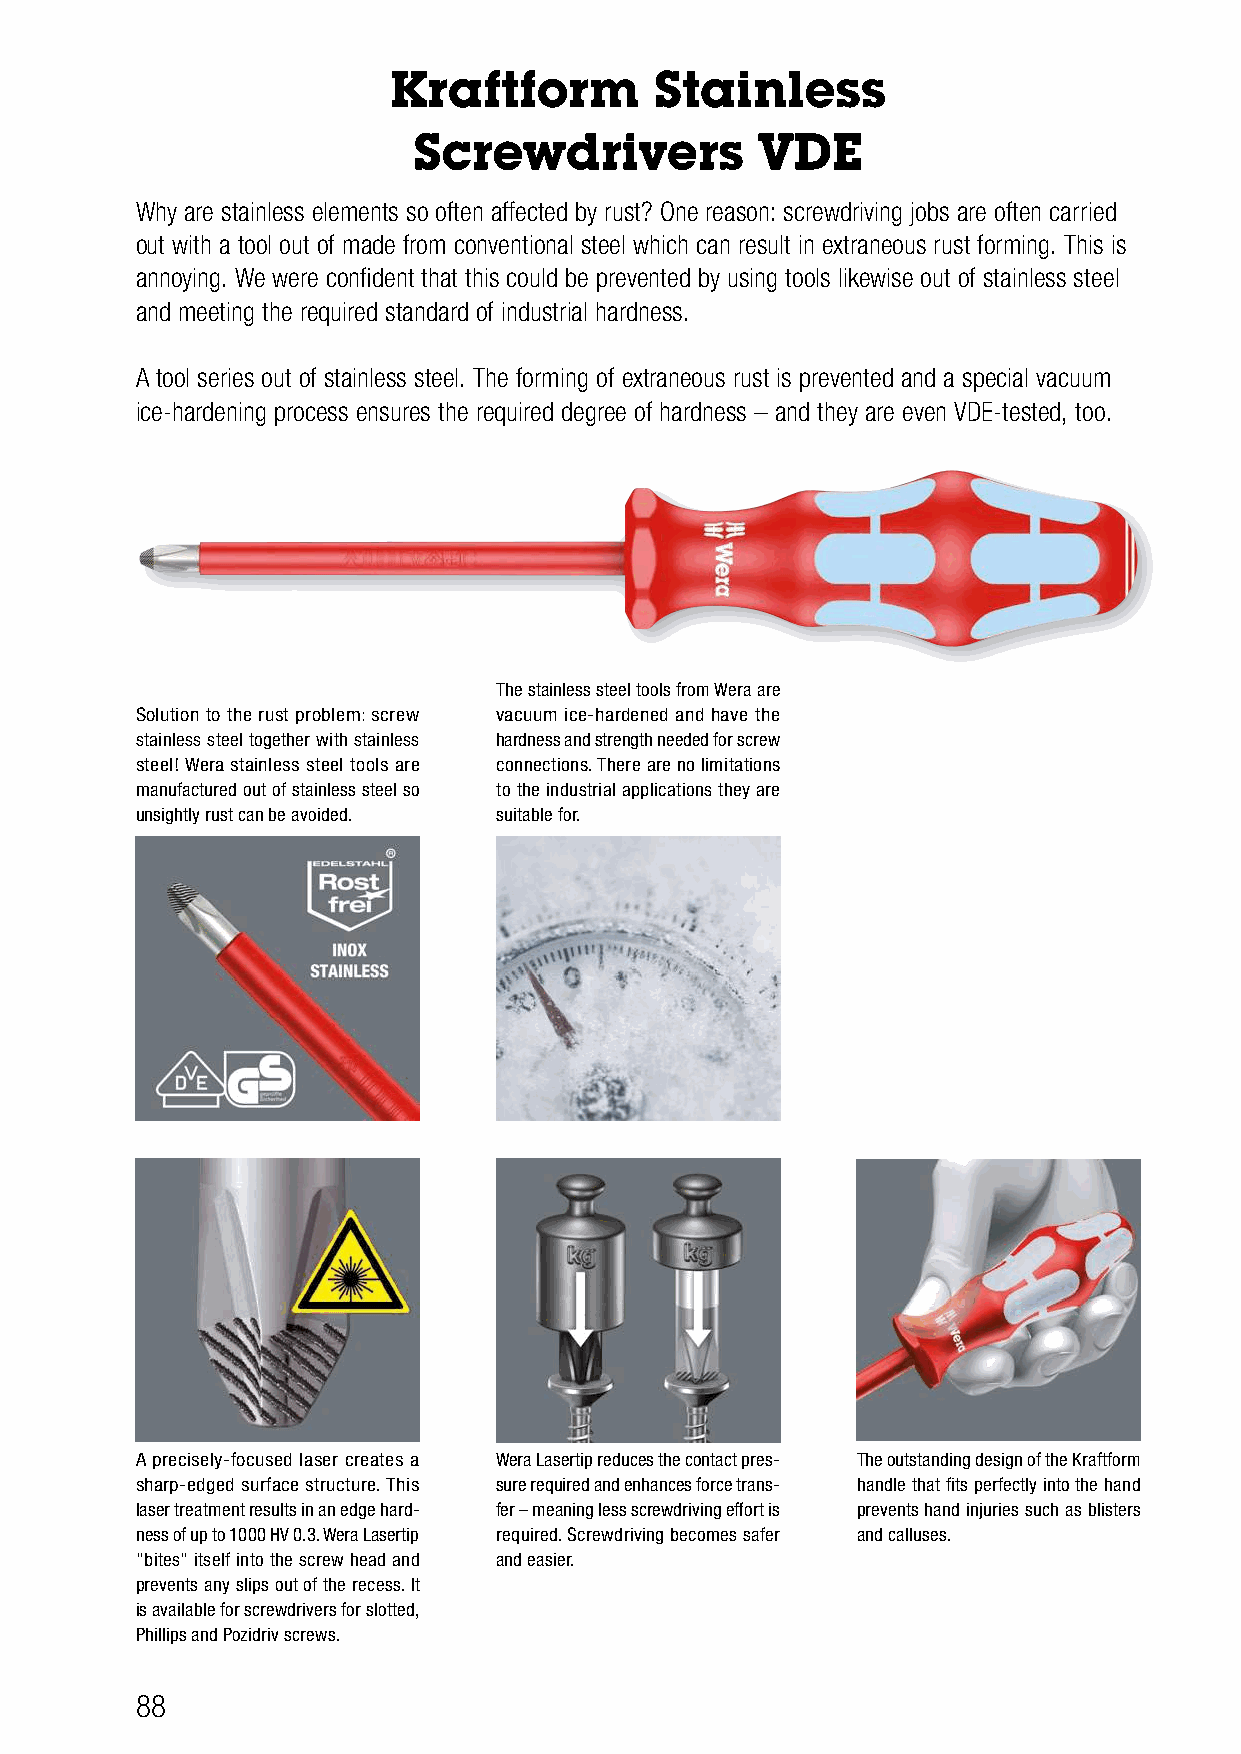
Kraftform        Stainless
 Screwdrivers           VDE
 Why are stainless elements so often affected by rust? One reason: screwdriving jobs are often carried
 out with a tool out of made from conventional steel which can result in extraneous rust forming. This is
 annoying. We were confident that this could be prevented by using tools likewise out of stainless steel
 and meeting the required standard of industrial hardness.
 A tool series out of stainless steel. The forming of extraneous rust is prevented and a special vacuum
 ice-hardening process ensures the required degree of hardness – and they are even VDE-tested, too.
 The stainless steel tools from Wera are
 Solution to the rust problem: screw vacuum ice-hardened and have the
 stainless steel together with stainless hardness and strength needed for screw
 steel! Wera stainless steel tools are connections. There are no limitations
 manufactured out of stainless steel so to the industrial applications they are
 unsightly rust can be avoided. suitable for.
 A precisely-focused laser creates a Wera Lasertip reduces the contact pres- The outstanding design of the Kraftform
 sharp-edged surface structure. This sure required and enhances force trans- handle that fits perfectly into the hand
 laser treatment results in an edge hard- fer – meaning less screwdriving effort is prevents hand injuries such as blisters
 ness of up to 1000 HV 0.3. Wera Lasertip required. Screwdriving becomes safer and calluses.
 “bites” itself into the screw head and and easier.
 prevents any slips out of the recess. It
 is available for screwdrivers for slotted,
 Phillips and Pozidriv screws.
 88